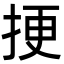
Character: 挭